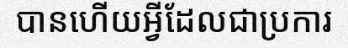
បានហើយអ្វីដែលជាប្រការ